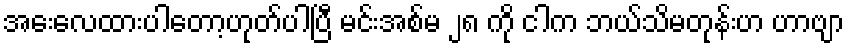
အေးလေထားပါတော့ဟုတ်ပါပြီ မင်းအစ်မ ၂၈ ကို ငါက ဘယ်သိမတုန်းဟ ဟာဗျာ